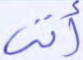
أتى